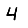
Digit: 4